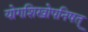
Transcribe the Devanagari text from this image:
योगशिखोपनिषत्‌